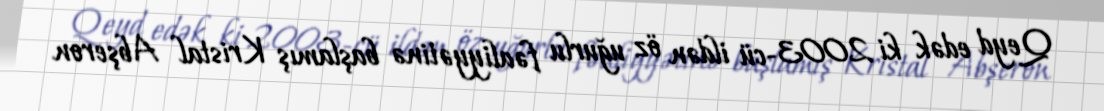
Qeyd edək ki 2003-cü ildən öz uğurlu fəaliyyətinə başlamış Kristal Abşeron